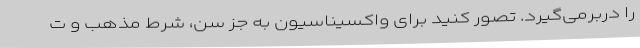
را دربرمی‌گیرد. تصور کنید برای واکسیناسیون به جز سن، شرط مذهب و ت